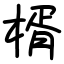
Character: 楈